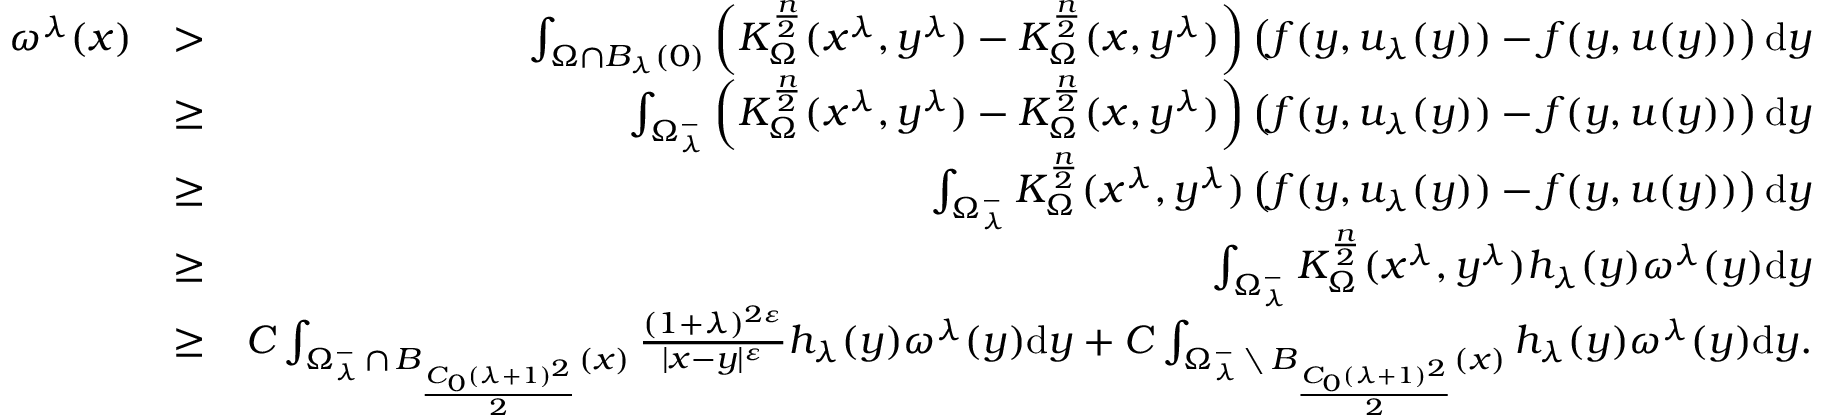
\begin{array} { r l r } { \omega ^ { \lambda } ( x ) } & { > } & { \int _ { \Omega \cap B _ { \lambda } ( 0 ) } \left( K _ { \Omega } ^ { \frac { n } { 2 } } ( x ^ { \lambda } , y ^ { \lambda } ) - K _ { \Omega } ^ { \frac { n } { 2 } } ( x , y ^ { \lambda } ) \right) \left( f ( y , u _ { \lambda } ( y ) ) - f ( y , u ( y ) ) \right) \mathrm d y } \\ & { \geq } & { \int _ { \Omega _ { \lambda } ^ { - } } \left( K _ { \Omega } ^ { \frac { n } { 2 } } ( x ^ { \lambda } , y ^ { \lambda } ) - K _ { \Omega } ^ { \frac { n } { 2 } } ( x , y ^ { \lambda } ) \right) \left( f ( y , u _ { \lambda } ( y ) ) - f ( y , u ( y ) ) \right) \mathrm d y } \\ & { \geq } & { \int _ { \Omega _ { \lambda } ^ { - } } K _ { \Omega } ^ { \frac { n } { 2 } } ( x ^ { \lambda } , y ^ { \lambda } ) \left( f ( y , u _ { \lambda } ( y ) ) - f ( y , u ( y ) ) \right) \mathrm d y } \\ & { \geq } & { \int _ { \Omega _ { \lambda } ^ { - } } K _ { \Omega } ^ { \frac { n } { 2 } } ( x ^ { \lambda } , y ^ { \lambda } ) h _ { \lambda } ( y ) \omega ^ { \lambda } ( y ) \mathrm d y } \\ & { \geq } & { C \int _ { \Omega _ { \lambda } ^ { - } \, \cap \, B _ { \frac { C _ { 0 } ( \lambda + 1 ) ^ { 2 } } { 2 } } ( x ) } \frac { ( 1 + \lambda ) ^ { 2 \varepsilon } } { | x - y | ^ { \varepsilon } } h _ { \lambda } ( y ) \omega ^ { \lambda } ( y ) \mathrm d y + C \int _ { \Omega _ { \lambda } ^ { - } \, \setminus \, B _ { \frac { C _ { 0 } ( \lambda + 1 ) ^ { 2 } } { 2 } } ( x ) } h _ { \lambda } ( y ) \omega ^ { \lambda } ( y ) \mathrm d y . } \end{array}